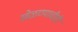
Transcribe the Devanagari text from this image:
खेळण्याचीही